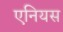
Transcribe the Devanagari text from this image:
एनियस